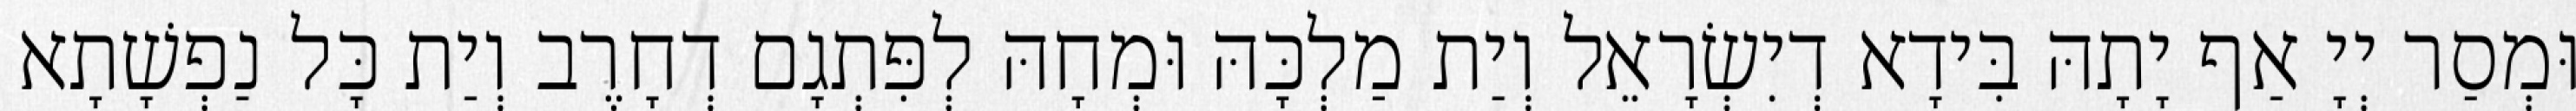
וּמְסַר יְיָ אַף יָתָהּ בִּידָא דְיִשְׂרָאֵל וְיַת מַלְכָּהּ וּמְחָהּ לְפִּתְגָם דְחָרֶב וְיַת כָּל נַפְשָׁתָא